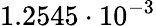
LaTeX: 1.2545\cdot 10^{-3}